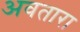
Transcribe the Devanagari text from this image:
अवतारा